Annual report of the Punjab Veterinary College and of the Civil Veterinary Department, Punjab - 1920-1925
Year: 1920
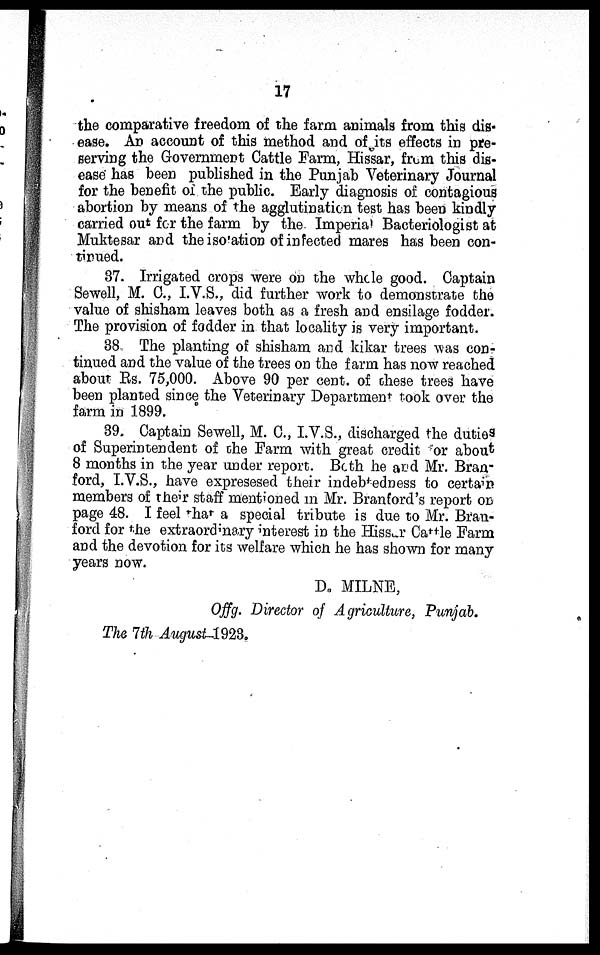
17
the comparative freedom of the farm animals from this dis-
ease. An account of this method and of its effects in pre-
serving the Government Cattle Farm, Hissar, from this dis-
ease has been published in the Punjab Veterinary Journal
for the benefit of the public. Early diagnosis of contagious
abortion by means of the agglutination test has been kindly
carried out for the farm by the Imperial Bacteriologist at
Muktesar and the isolation of infected mares has been con-
tinued.
37. Irrigated crops were on the whole good. Captain
Sewell, M. C., I.V.S., did further work to demonstrate the
value of shisham leaves both as a fresh and ensilage fodder.
The provision of fodder in that locality is very important.
38. The planting of shisham and kikar trees was con-
tinued and the value of the trees on the farm has now reached
about Rs. 75,000. Above 90 per cent. of these trees have
been planted since the Veterinary Department took over the
farm in 1899.
39. Captain Sewell, M. C., I.V.S., discharged the duties
of Superintendent of the Farm with great credit for about
8 months in the year under report. Both he and Mr. Bran-
ford, I.V.S., have expresesed their indebtedness to certain
members of their staff mentioned in Mr. Branford's report on
page 48. I feel that a special tribute is due to Mr. Bran-
ford for the extraordinary interest in the Hissar Cattle Farm
and the devotion for its welfare which he has shown for many
years now.
D. MILNE,
Offg. Director of Agriculture, Punjab.
The 7th August-1923.